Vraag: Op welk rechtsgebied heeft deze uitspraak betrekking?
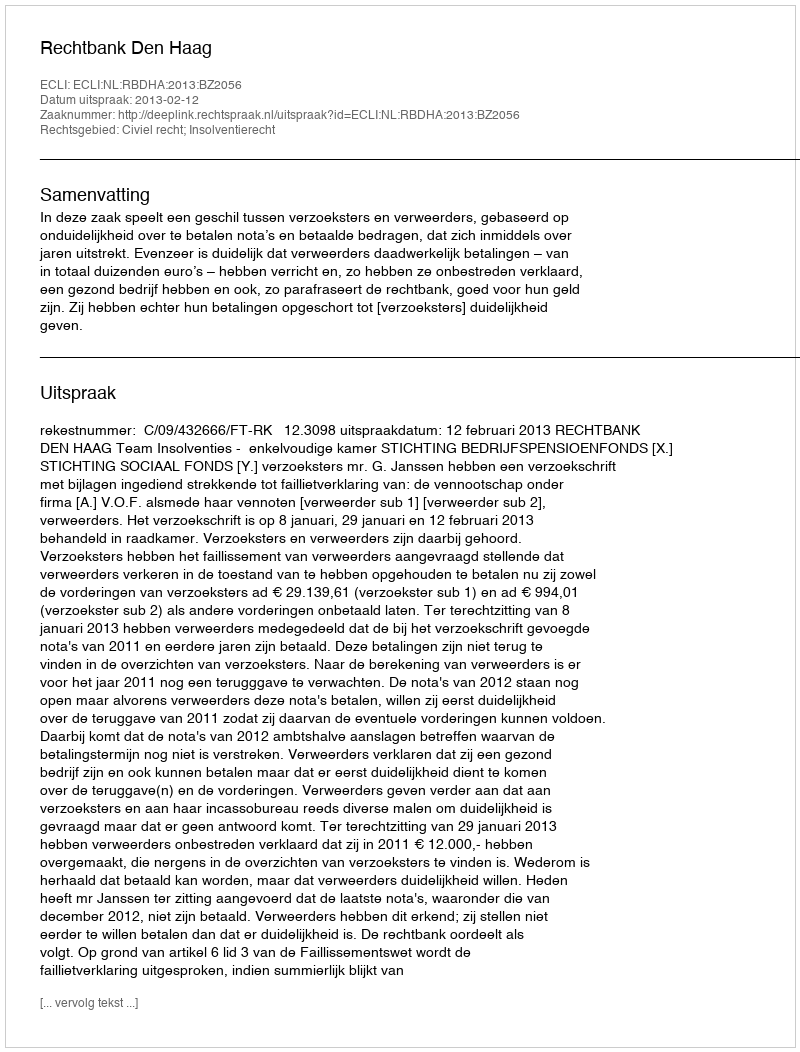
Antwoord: Civiel recht; Insolventierecht